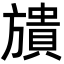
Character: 𣄜